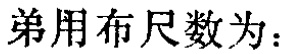
弟用布尺数为：